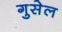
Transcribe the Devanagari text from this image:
गुसेल